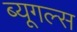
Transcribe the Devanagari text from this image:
ब्यूगल्स